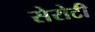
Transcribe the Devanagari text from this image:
सेरोटी